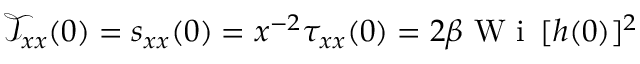
\mathcal { T } _ { x x } ( 0 ) = s _ { x x } ( 0 ) = x ^ { - 2 } \tau _ { x x } ( 0 ) = 2 \beta \textrm { W i } \, [ h ( 0 ) ] ^ { 2 }